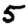
Digit: 5